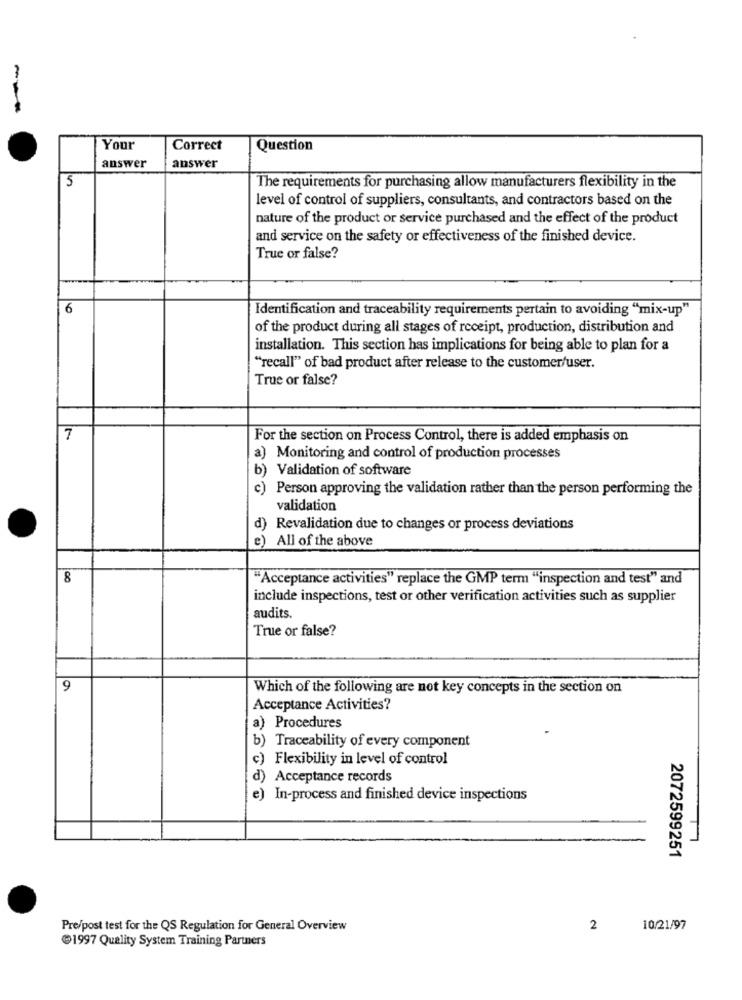
---
Your
Correct
Question
answer
answer
5
The requirements for purchasing allow manufacturers flexibility in the
level of control of suppliers, consultants, and contractors based on the
nature of the product or service purchased and the effect of the product
and service on the safety or effectiveness of the finished device.
True or false?
6
Identification and traceability requirements pertain to avoiding "mix-up"
of the product during all stages of receipt, production, distribution and
installation. This section has implications for being able to plan for a
"recall" of bad product after release to the customer/user.
True or false?
7
For the section on Process Control, there is added emphasis on
a) Monitoring and control of production processes
b) Validation of software
) Person approving the validation rather than the person performing the
validation
d) Revalidation due to changes or process deviations
e) All of the above
8
"Acceptance activities" replace the GMP term "inspection and test" and
include inspections, test or other verification activities such as supplier
audits.
True or false?
9
Which of the following are not key concepts in the section on
Acceptance Activities?
a) Procedures
b) Traceability of every component
c) Flexibility in level of control
d) Acceptance records
e) In-process and finished device inspections
2072599251
Pre/post test for the QS Regulation for General Overview
2
10/21/97
@1997 Quality System Training Partners